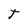
Character: T